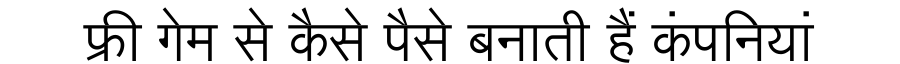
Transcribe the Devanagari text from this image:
फ्री गेम से कैसे पैसे बनाती हैं कंपनियां